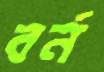
বর্ন